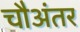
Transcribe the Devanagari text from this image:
चौअंतर